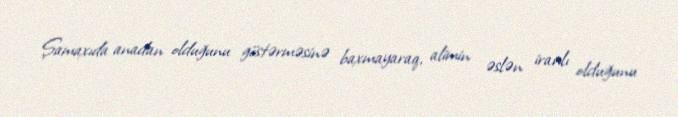
Şamaxıda anadan olduğunu göstərməsinə baxmayaraq, alimin əslən iranlı olduğunu